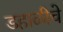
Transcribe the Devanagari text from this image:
डहाळीचे